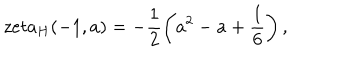
LaTeX: \, z e t a _ { H } ( - 1 , a ) = - \frac { 1 } { 2 } \left( a ^ { 2 } - a + \frac { 1 } { 6 } \right) ,